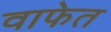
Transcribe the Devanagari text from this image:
वाफेत